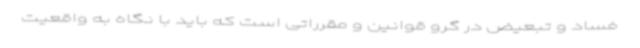
فساد و تبعیض در گرو قوانین و مقرراتی است که باید با نگاه به واقعیت